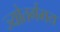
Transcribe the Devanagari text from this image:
ज्योतर्गमय